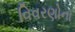
વિવરણોના